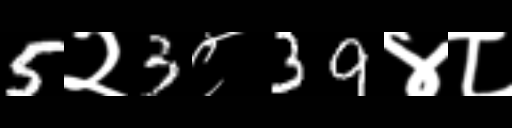
Text: 5२3८39४८